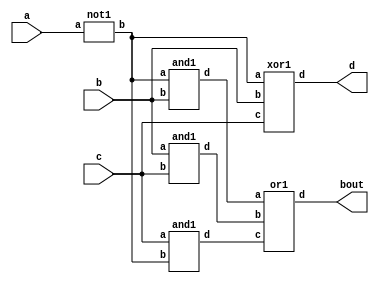
`timescale 1ns / 1ps
//////////////////////////////////////////////////////////////////////////////////
// Company: 
// Engineer: 
// 
// Design Name: 
// Module Name:    fullsubtractor_st 
// Project Name: 
// Target Devices: 
// Tool versions: 
// Description: 
//
// Dependencies: 
//
// Revision: 
// Revision 0.01 - File Created
// Additional Comments: 
//
//////////////////////////////////////////////////////////////////////////////////
module fullsubtractor_st(
    input a,b,c,
    output d,bout);
	 wire p,q,r,s;

not1 a1(a,p);
xor1 a2(p,b,c,d);
and1 a3(p,b,q);
and1 a4(b,c,r);
and1 a5(c,p,s);
or1 a6(q,r,s,bout);

endmodule

module not1(
    input a,
    output b);
	 assign b=~a;
endmodule

module xor1(
    input a,b,c,
    output d);
	 assign d=a^b^c;
endmodule

module and1(
    input a,b,
    output d);
	 assign d=a&b;
endmodule

module or1(
    input a,b,c,
    output d);
	 assign d=a|b|c;
endmodule